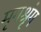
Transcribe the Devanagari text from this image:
मृगश्रृंग